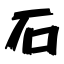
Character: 石